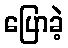
ပြောခဲ့